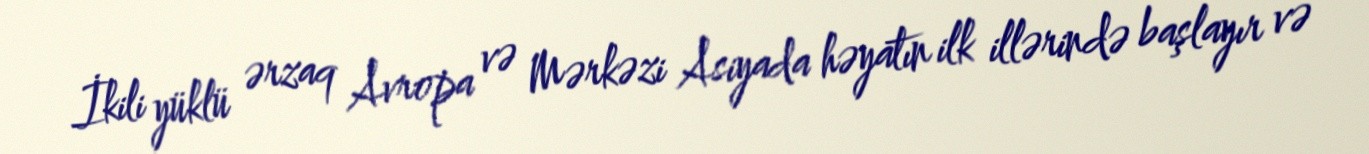
İkili yüklü ərzaq Avropa və Mərkəzi Asiyada həyatın ilk illərində başlayır və